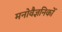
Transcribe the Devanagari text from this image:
मनोवैज्ञनिकों